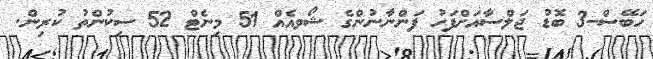
ހަބޭސް-3 ބޮޑު ޖަލްސާއަށްފަހު ފަންނާނުންގެ ޝޯވއެއް 51 މިނެޓް 52 ސިކުންތު ކުރިން.